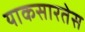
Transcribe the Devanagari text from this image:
याकसारतेस